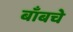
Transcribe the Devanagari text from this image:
बाँबचे